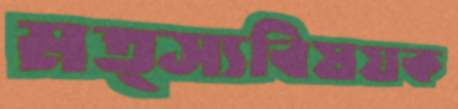
মত্স্যবিষয়ক